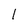
Character: I